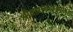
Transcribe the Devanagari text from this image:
श्रीब्रह्मानंदांबरोबर